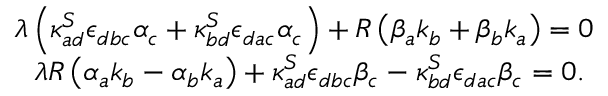
\begin{array} { l } { { \lambda \left( \kappa _ { a d } ^ { S } \epsilon _ { d b c } \alpha _ { c } + \kappa _ { b d } ^ { S } \epsilon _ { d a c } \alpha _ { c } \right) + R \left( \beta _ { a } k _ { b } + \beta _ { b } k _ { a } \right) = 0 } } \\ { { \ \ \lambda R \left( \alpha _ { a } k _ { b } - \alpha _ { b } k _ { a } \right) + \kappa _ { a d } ^ { S } \epsilon _ { d b c } \beta _ { c } - \kappa _ { b d } ^ { S } \epsilon _ { d a c } \beta _ { c } = 0 . } } \end{array}